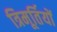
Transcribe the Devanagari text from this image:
त्रिमूर्तियों